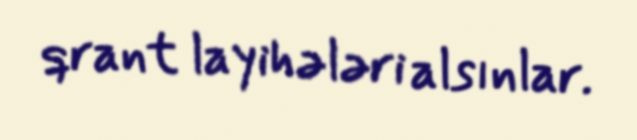
qrant layihələri alsınlar.